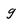
Character: g